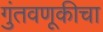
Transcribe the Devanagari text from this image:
गुंतवणूकीचा